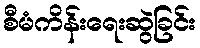
စီမံကိန်းရေးဆွဲခြင်း